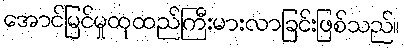
အောင်မြင်မှုထုထည်ကြီးမားလာခြင်းဖြစ်သည်။